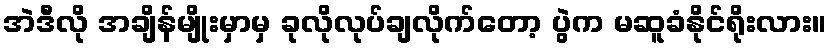
အဲဒီလို အချိန်မျိုးမှာမှ ခုလိုလုပ်ချလိုက်တော့ ပွဲက မဆူခံနိုင်ရိုးလား။